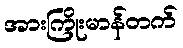
အားကြိုးမာန်တက်